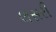
લસરી